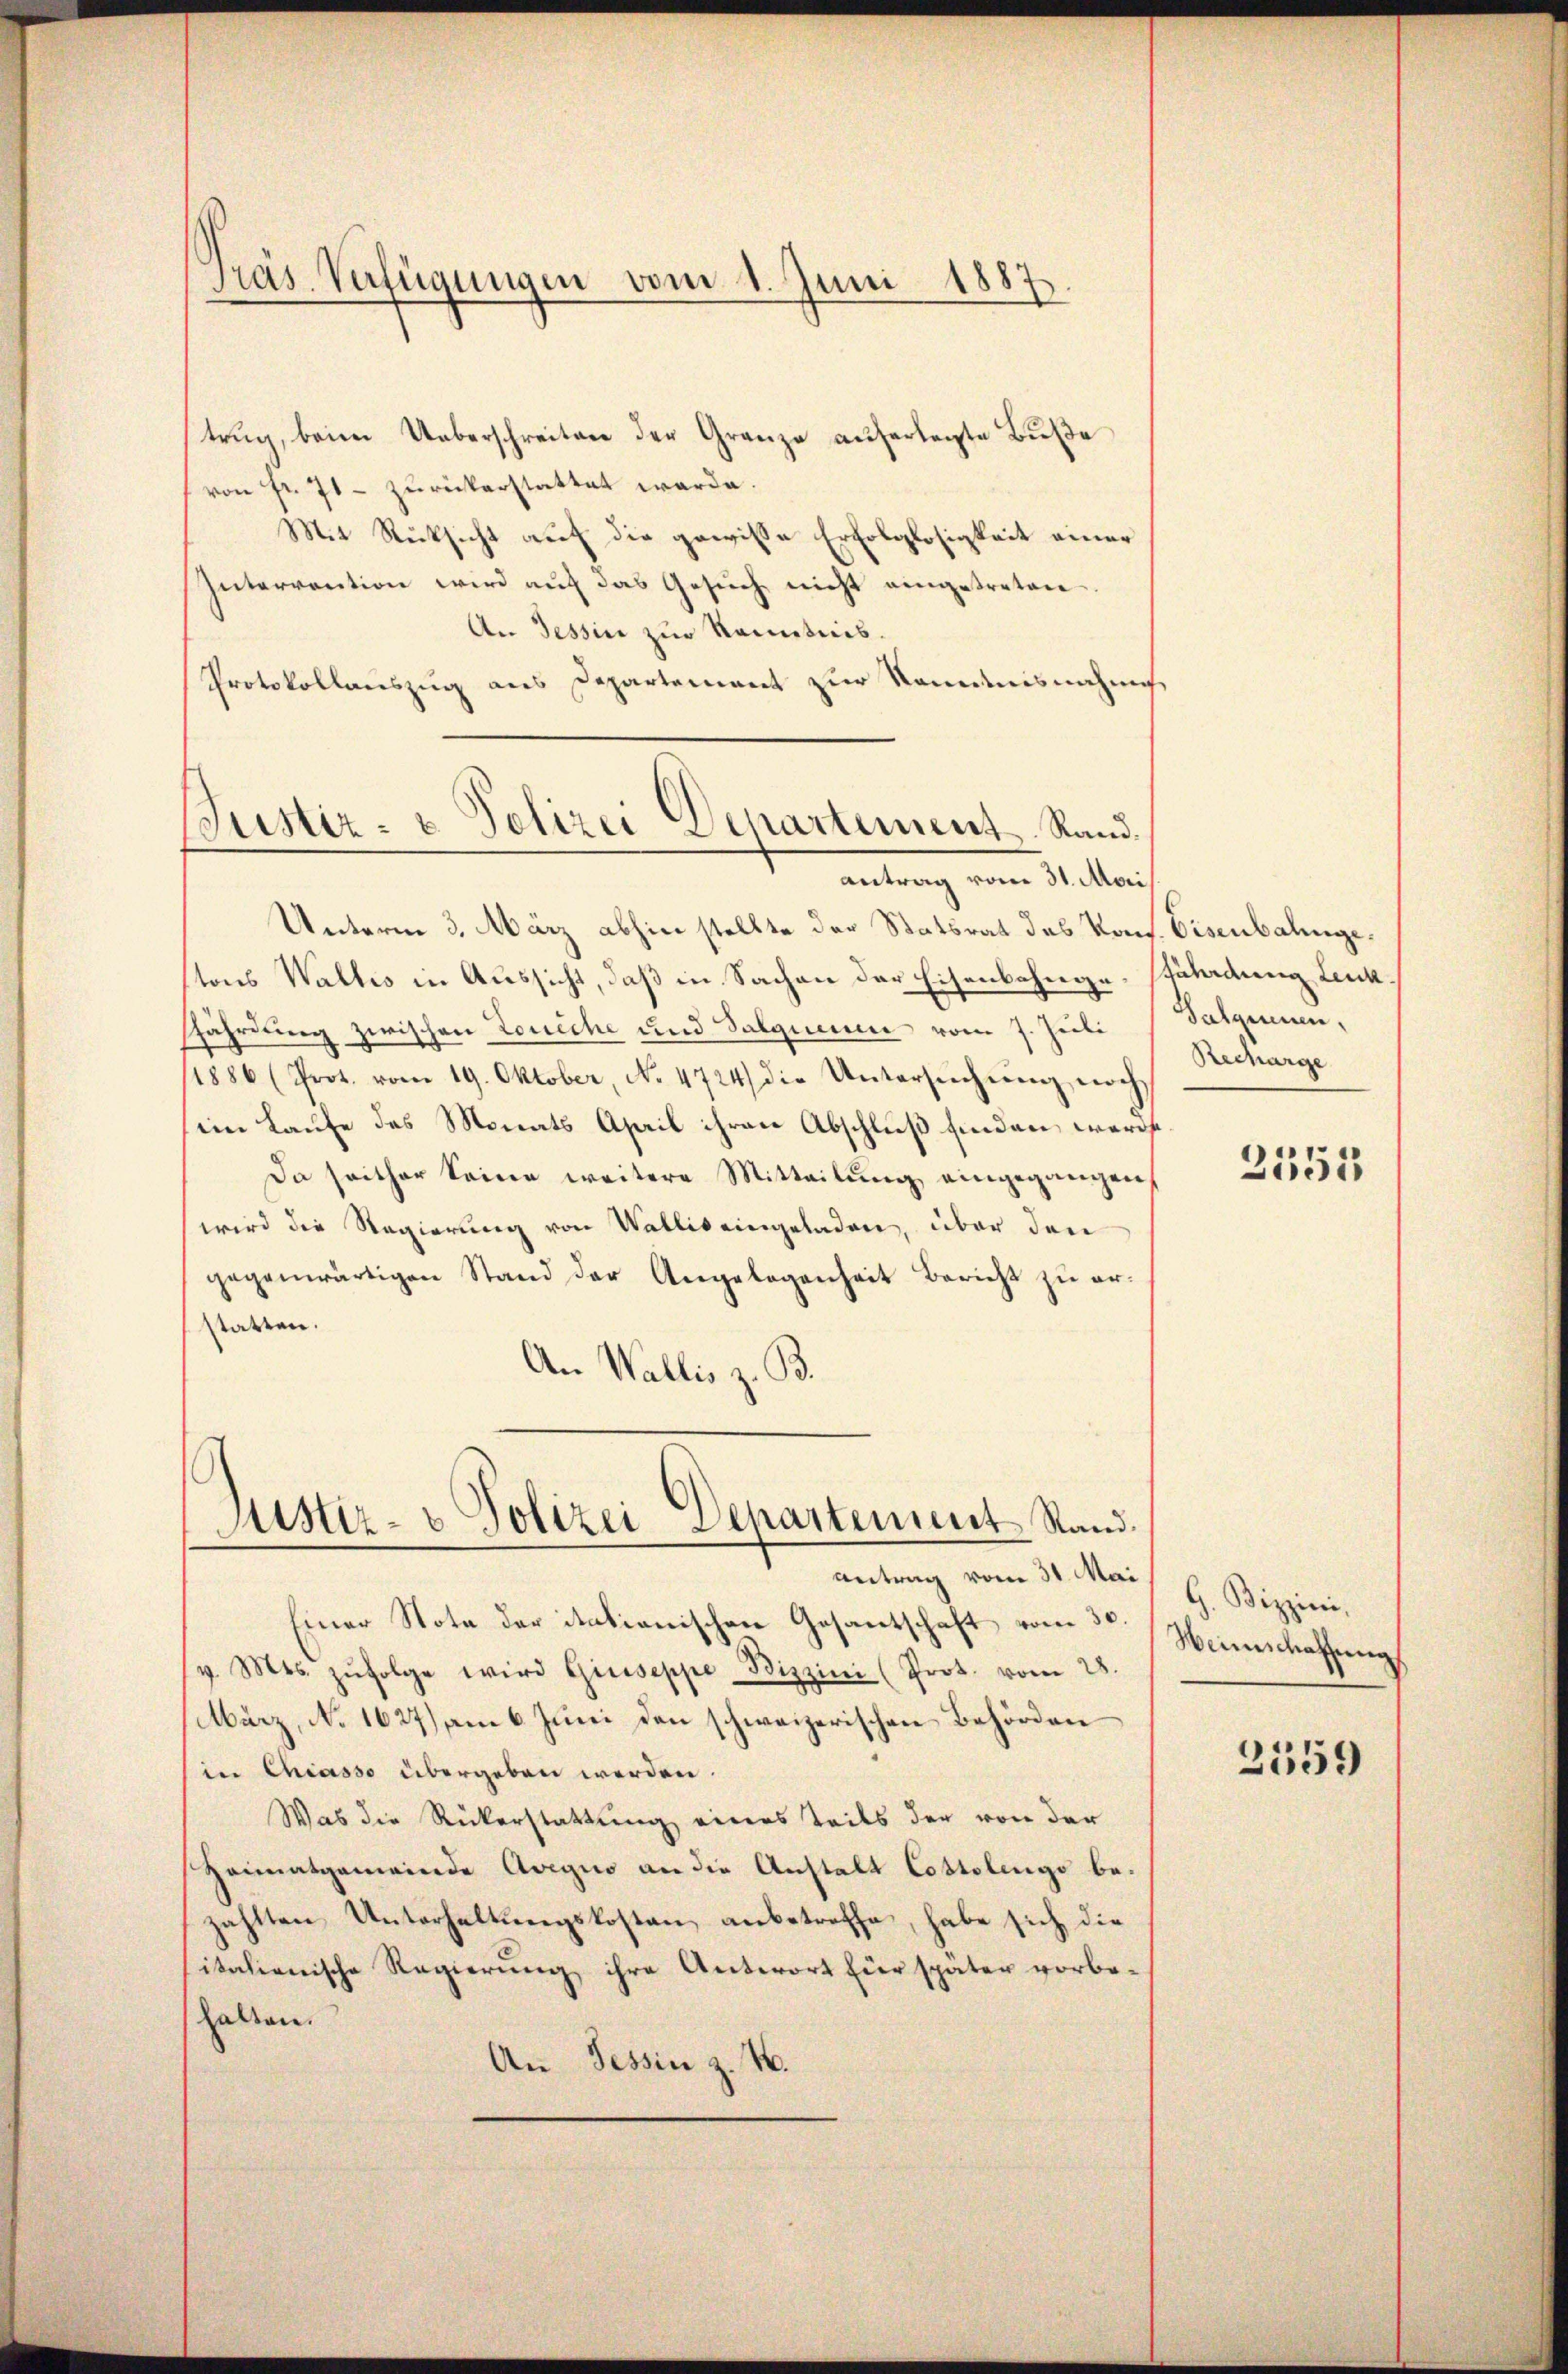
Pras Verfügungen vom 1. Juni 1887.

trŭg, beim Ueberschreiten der Granze auferlegte Bŭβe
von fr. 71 - zurückerstattet werde.
Mit Rücksicht auf die gewisse Erfolglosigkeit einer
Intervention wird auf das Gesuch nicht eingetreten
An Tessin zur Kenntnis
Protokollauszug aus Departement zur Kenntnisnahme
Justiz- & Polizei Departement Rand.

antrag vom 31. Mai

Unterm 3. März abhin stellte der Statsrat des Kons. Eisenbahngetons Waltes in Aussicht, daß in Sachen der Eisenbahngefährdung Leuk
fährdung zwischen Louiche und Salquinen vom 7. Juli dalgienen,
(1886 (Prot. vom 19. Oktober, No. 4724) die Untersŭchŭng noch
iin Laufe des Monats April ihren Abschluß finden, werde.
Da seither Seine weitere Mitteilung eingegangen,
wird die Regierung von Wallis eingeladen, über den
gegenwärtigen Stand der Angelegenheit Bericht zŭ er-
Statten.
An Wallis z. B.

Justiz- & Polizei Departement Stand.

Antrag vom 31. Mai
Einer Note der itationischen Gesantschaft vom 3. Weinschaffung
v. Mts. zŭfolge wird Giuseppe Bizzini (Prot. vom 28.
März, No 1627) am 6. Juni den schweizerischen Behörden
in Chiasso übergeben werden.
Was die Rückerstattung eines Teils der von der
Heimatgemeinde Avegio an die Anstalt Costolings bezählten Unterhaltungskosten, anbetreffe, habe sich die
sitalienische Regierŭng ihre Antwort Eier später vorbe-
halten.
An Tessin z. B.

Recharge

2551

G. Bizzini,

2559